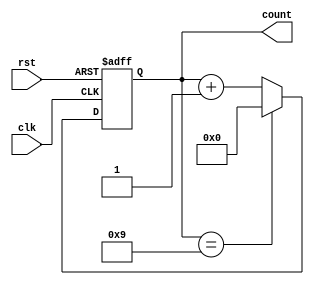
module ModulusCounter (
  input wire clk, // clock input
  input wire rst, // reset input
  output reg [7:0] count // counter output
);

// Modulus value
parameter MODULUS = 10;

// Counter logic
always @(posedge clk or posedge rst)
begin
  if (rst)
    count <= 0;
  else if (count == MODULUS - 1)
    count <= 0;
  else
    count <= count + 1;
end

endmodule